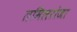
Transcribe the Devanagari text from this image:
तमिलरोजा